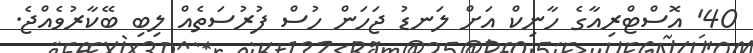
40' އޮސްޓްރިއާގެ ހާނިކް އަށް ލަނޑު ޖަހަން ހުސް ފުރުސަތެއް ލިބި ބޭކާރުވެއްޖެ.